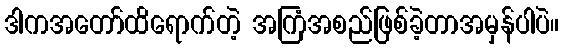
ဒါကအတော်ထိရောက်တဲ့ အကြံအစည်ဖြစ်ခဲ့တာအမှန်ပါပဲ။